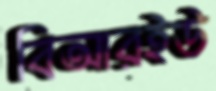
বিআরইউ